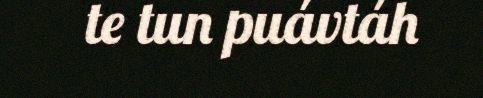
te tun puávtáh